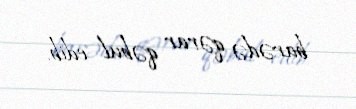
barədə qərar qəbul edib.